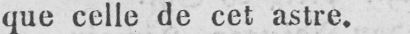
que celle de cet astre.